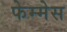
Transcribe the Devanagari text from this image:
फेम्मेस